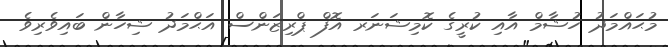
މުޙައްމަދު ހުޝާމް އާއި ކުރީގެ ކޮމިޝަނަރ އޮފް ޕްރިޒަންސް އަޙްމަދު ޝިހާން ބައިވެރިވެ